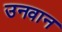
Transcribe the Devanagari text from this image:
उनवान